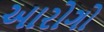
આરોગો